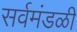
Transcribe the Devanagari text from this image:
सर्वमंडळी